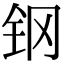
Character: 钢